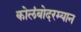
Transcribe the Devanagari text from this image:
कोलंबोदरम्यान